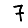
Digit: 7